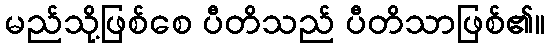
မည်သို့ဖြစ်စေ ပီတိသည် ပီတိသာဖြစ်၏။